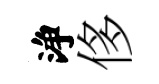
浄侈